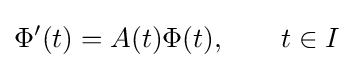
\Phi '(t)=A(t)\Phi (t),\qquad t\in I